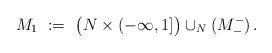
LaTeX: \begin{align*}M_1\ :=\ \big(N\times (-\infty,1]\big)\cup_N(M^-_-)\,.\end{align*}